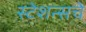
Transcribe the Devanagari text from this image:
स्टेशन्सचे